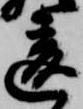
違